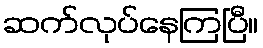
ဆက်လုပ်နေကြပြီ။